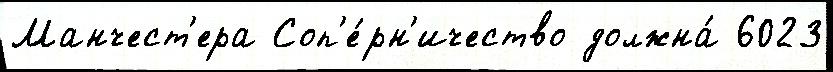
Манчест'ера Соп'е́рн'ичество должна́ 6023